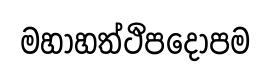
මහාහත්ථිපදෝපම